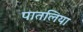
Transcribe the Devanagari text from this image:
पातलिया